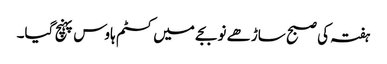
ہفتہ کی صبح ساڑھے نو بجے میں کسٹم ہاوس پہنچ گیا۔